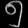
Digit: ၅